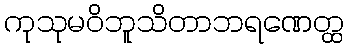
ကုသုမဝိဘူသိတာဘရဏေတ္ထ